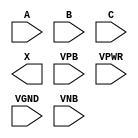
/**
 * Copyright 2020 The SkyWater PDK Authors
 *
 * Licensed under the Apache License, Version 2.0 (the "License");
 * you may not use this file except in compliance with the License.
 * You may obtain a copy of the License at
 *
 *     https://www.apache.org/licenses/LICENSE-2.0
 *
 * Unless required by applicable law or agreed to in writing, software
 * distributed under the License is distributed on an "AS IS" BASIS,
 * WITHOUT WARRANTIES OR CONDITIONS OF ANY KIND, either express or implied.
 * See the License for the specific language governing permissions and
 * limitations under the License.
 *
 * SPDX-License-Identifier: Apache-2.0
 */

`ifndef SKY130_FD_SC_LS__XOR3_PP_SYMBOL_V
`define SKY130_FD_SC_LS__XOR3_PP_SYMBOL_V

/**
 * xor3: 3-input exclusive OR.
 *
 *       X = A ^ B ^ C
 *
 * Verilog stub (with power pins) for graphical symbol definition
 * generation.
 *
 * WARNING: This file is autogenerated, do not modify directly!
 */

`timescale 1ns / 1ps
`default_nettype none

(* blackbox *)
module sky130_fd_sc_ls__xor3 (
    //# {{data|Data Signals}}
    input  A   ,
    input  B   ,
    input  C   ,
    output X   ,

    //# {{power|Power}}
    input  VPB ,
    input  VPWR,
    input  VGND,
    input  VNB
);
endmodule

`default_nettype wire
`endif  // SKY130_FD_SC_LS__XOR3_PP_SYMBOL_V